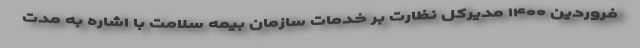
فروردین ۱۴۰۰ مدیرکل نظارت بر خدمات سازمان بیمه سلامت با اشاره به مدت